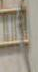
-